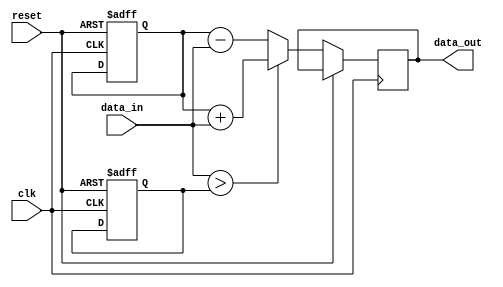
module ParameterFocusedInit #(
    parameter SIZE = 8,          // Default size parameter
    parameter THRESHOLD = 128,   // Default threshold value
    parameter MODE = 0           // Default mode of operation
)(
    input wire clk,              // Clock input
    input wire reset,            // Reset input
    input wire [SIZE-1:0] data_in, // Input data
    output reg [SIZE-1:0] data_out // Output data
);

    // Internal variable declaration
    reg [SIZE-1:0] internal_var;
    reg [SIZE-1:0] threshold_var;

    // Initialization block
    initial begin
        // Initialize internal variables based on parameters
        internal_var = 0;
        threshold_var = THRESHOLD;
        
        // Conditional initialization based on MODE parameter
        if (MODE == 1) begin
            internal_var = 8'hFF; // Set to max if MODE is 1
        end else if (MODE == 2) begin
            internal_var = 8'h00; // Set to min if MODE is 2
        end
    end

    // Always block for behavior
    always @(posedge clk or posedge reset) begin
        if (reset) begin
            // Reset internal variables to initialized values
            internal_var <= 0;
            threshold_var <= THRESHOLD;
        end else begin
            // Behavioral logic based on input data and initialized parameters
            if (data_in > threshold_var) begin
                data_out <= internal_var + data_in; // Example operation
            end else begin
                data_out <= internal_var - data_in; // Example operation
            end
        end
    end

endmodule